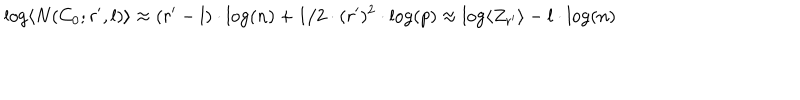
LaTeX: \log \langle N ( C _ { 0 } ; r ^ { \prime } , l ) \rangle \approx ( r ^ { \prime } - l ) \cdot \log ( n ) + 1 / 2 \cdot ( r ^ { \prime } ) ^ { 2 } \cdot \log ( p ) \approx \log \langle Z _ { r ^ { \prime } } \rangle - l \cdot \log ( n )